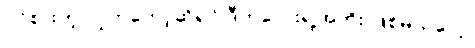
ဝင်စားတဲ့ လူကတော့ဆိုရင် ဒီကလေးရဲ့အဘိုး ဖြစ်မယ်ပေါ့။